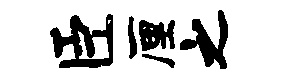
臣厘之